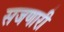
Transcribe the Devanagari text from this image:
सजणारी